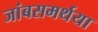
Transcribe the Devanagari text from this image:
जांबसमर्थया